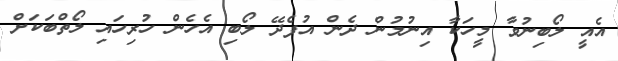
އެއީ ލޯބިނުވާ މީހަކާ އިނުމުން ދެން އުފެދޭ ލޯބި އެހެން ހުރިހައި ލޯތްބަކަށް